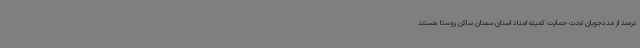
درصد از مددجویان تحت حمایت کمیته امداد استان سمنان ساکن روستا هستند